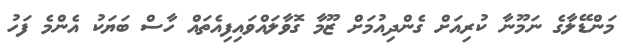
މަންޑޭލާގެ ނަމޫނާ ކުރިއަށް ގެންދިއުމަށް ޒޫމާ ގޮވާލައްވައިފިއެތައް ހާސް ބަޔަކު އެންމެ ފަހު